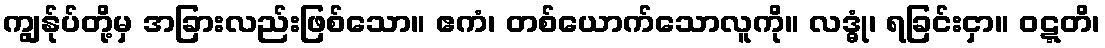
ကျွန်ုပ်တို့မှ အခြားလည်းဖြစ်သော။ ဧကံ၊ တစ်ယောက်သောလူကို။ လဒ္ဓုံ၊ ရခြင်းငှာ။ ဝဋ္ဋတိ၊